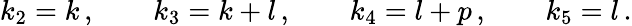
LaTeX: k_{2}=k\, ,\qquad k_{3}=k+l\, ,\qquad k_{4}=l+p\, ,\qquad k_{5}=l\, .